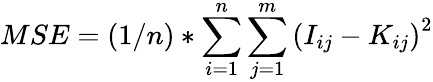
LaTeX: MSE=(1/n)*\sum_{i=1}^{n}\sum_{j=1}^{m}\left(I_{ij}-K_{ij}\right)^{2}